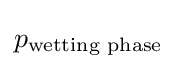
p_{\text{wetting phase}}